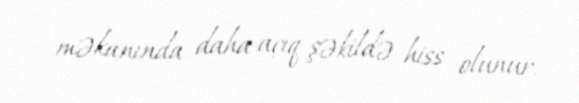
məkanında daha açıq şəkildə hiss olunur.